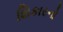
શિકારનો